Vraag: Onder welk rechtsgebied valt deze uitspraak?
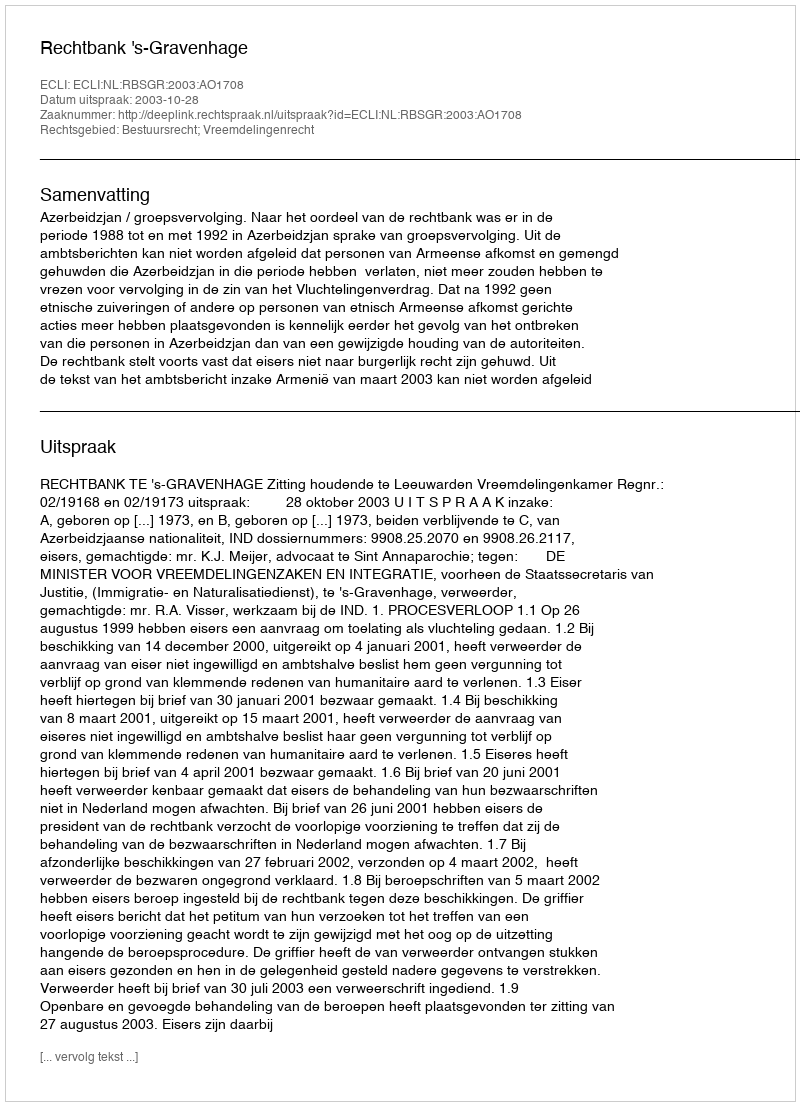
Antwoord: Bestuursrecht; Vreemdelingenrecht